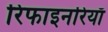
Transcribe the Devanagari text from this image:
रिफाइनरियाँ